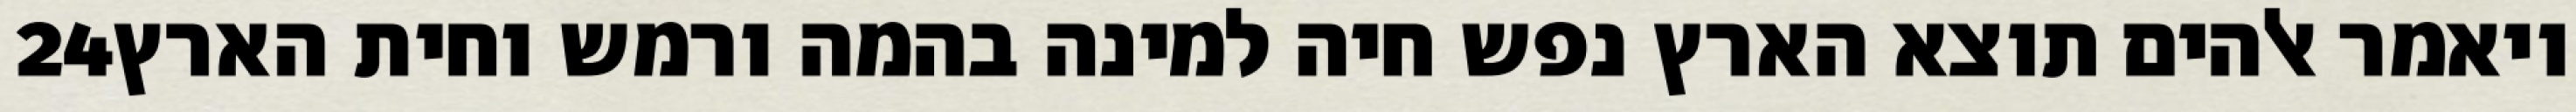
‎24‏ ויאמר אלהים תוצא הארץ נפש חיה למינה בהמה ורמש וחית הארץ